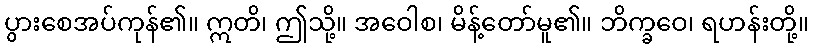
ပွားစေအပ်ကုန်၏။ ဣတိ၊ ဤသို့။ အဝေါစ၊ မိန့်တော်မူ၏။ ဘိက္ခဝေ၊ ရဟန်းတို့။